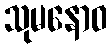
သုမနောဝ